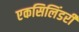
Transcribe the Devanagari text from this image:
एकसिलिंडरी